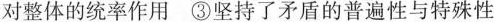
对整体的统率作用 ③坚持了矛盾的普遍性与特殊性